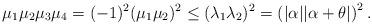
LaTeX: \begin{align*}\mu_1\mu_2 \mu_3\mu_4 = (-1)^2(\mu_1\mu_2)^2 \leq (\lambda_1\lambda_2)^2 =\left( |\alpha| |\alpha + \theta | \right)^2.\end{align*}